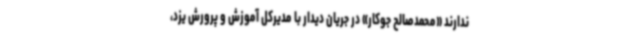
ندارند «محمدصالح جوکار» در جریان دیدار با مدیرکل آموزش و پرورش یزد،